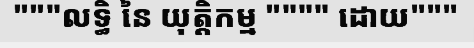
"""លទ្ធិ នៃ យុត្តិកម្ម """" ដោយ"""